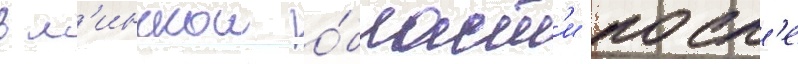
в м'инскои о́бласт'и посл'е